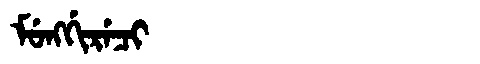
Manchu: ᠮᡠᠩᡤᡳᡵᡝᠴᡳ
Romanization: MUNGGIRECI